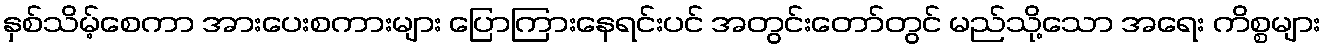
နှစ်သိမ့်စေကာ အားပေးစကားများ ပြောကြားနေရင်းပင် အတွင်းတော်တွင် မည်သို့သော အရေး ကိစ္စများ